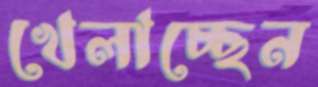
খেলাচ্ছেন